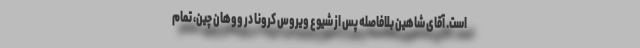
است. آقای شاهین بلافاصله پس از شیوع ویروس کرونا در ووهان چین، تمام